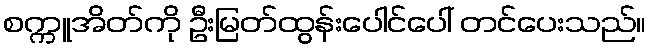
စက္ကူအိတ်ကို ဦးမြတ်ထွန်းပေါင်ပေါ် တင်ပေးသည်။